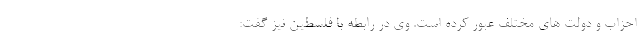
احزاب و دولت های مختلف عبور کرده است. وی در رابطه با فلسطین نیز گفت: